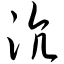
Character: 沆